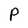
Character: P